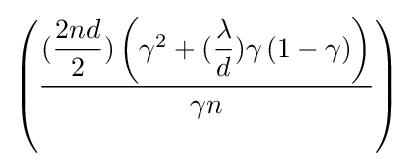
\left({\dfrac {({\dfrac {2nd}{2}})\left(\gamma ^{2}+({\dfrac {\lambda }{d}})\gamma \left(1-\gamma \right)\right)}{\gamma n}}\right)